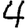
Digit: 4